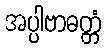
အပ္ပါဗာဓတ္တံ